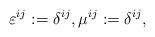
LaTeX: \begin{align*} \varepsilon^{i j} := \delta^{i j}, \mu^{i j} := \delta^{i j},\end{align*}